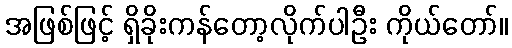
အဖြစ်ဖြင့် ရှိခိုးကန်တော့လိုက်ပါဦး ကိုယ်တော်။